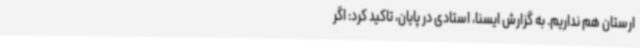
ارستان هم نداریم. به گزارش ایسنا، استادی در پایان، تاکید کرد: اگر